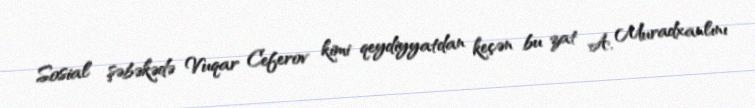
Sosial şəbəkədə Vuqar Ceferov kimi qeydiyyatdan keçən bu zat A. Muradxanlını